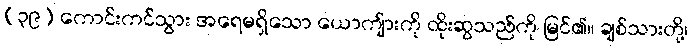
(၃၉) ကောင်းကင်သွား အရေမရှိသော ယောကျ်ားကို ထိုးဆွသည်ကို မြင်၏။ ချစ်သားတို့၊